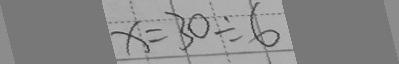
x = 3 0 \div 6